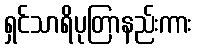
ရှင်သာရိပုတြာနည်းကား